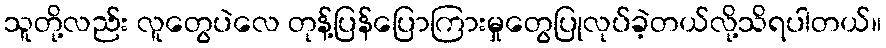
သူတို့လည်း လူတွေပဲလေ တုန့်ပြန်ပြောကြားမှုတွေပြုလုပ်ခဲ့တယ်လို့သိရပါတယ်။